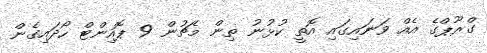
ގްރޫޕްގެ އެއް ވަނައިގައި އޮތީ ކުޅުނު ތިން މެޗުން 9 ޕޮއިންޓް ހޯދައިގެން